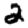
Digit: 2